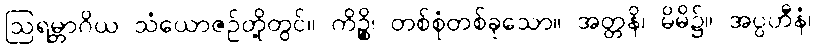
ဩရမ္ဘာဂိယ သံယောဇဉ်တို့တွင်။ ကိဉ္စိ၊ တစ်စုံတစ်ခုသော။ အတ္တနိ၊ မိမိ၌။ အပ္ပဟီနံ၊